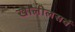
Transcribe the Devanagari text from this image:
खालीलसर्व